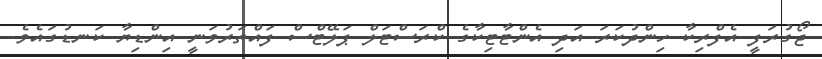
ޖޯގުރަފީ އެފްރިކާ ހިންދުކަރަ އަދި އެންޓާޓިކާގެ ކްރަސްޓަލް ޕަލޭޓްސް ފައްތަރުވަނީ އިންޑިޔާ ކަނޑުގައެވެ.